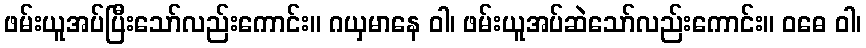
ဖမ်းယူအပ်ပြီးသော်လည်းကောင်း။ ဂယှမာနေ ဝါ၊ ဖမ်းယူအပ်ဆဲသော်လည်းကောင်း။ ဝဓေ ဝါ၊